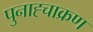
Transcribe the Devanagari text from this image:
पुनाह्चाक्रण